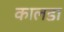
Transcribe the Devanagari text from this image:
कालडा